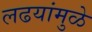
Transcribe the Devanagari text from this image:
लढयांमुळे